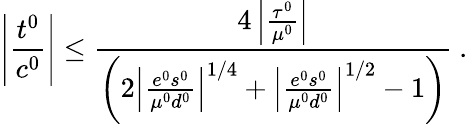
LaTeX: \left|{\frac{t^{0}}{c^{0}}}\right|\le{\frac{4\left|{\frac{\tau^{0}}{\mu^{0}}}\right|}{\left(2\left|{\frac{e^{0}s^{0}}{\mu^{0}d^{0}}}\right|^{1/4}+\left|{\frac{e^{0}s^{0}}{\mu^{0}d^{0}}}\right|^{1/2}-1\right)}}~.